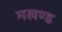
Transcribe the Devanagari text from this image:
मखण्ड